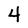
Character: 4